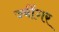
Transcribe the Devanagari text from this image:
ज्वींगर